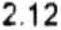
2.12